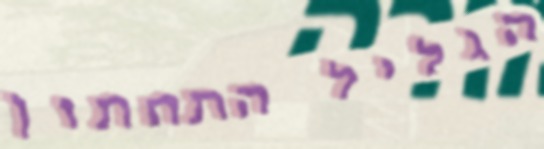
הגליל התחתון